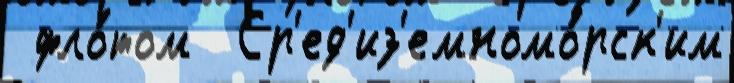
 фло́том  Ср'ед'из'емномо́рск'им